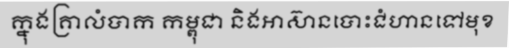
ក្នុងគ្រាលំបាក កម្ពុជា និងអាស៊ានបោះជំហានទៅមុខ